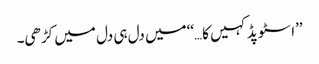
’’اسٹوپڈ کہیں کا…‘‘میں دل ہی دل میں کڑھی۔